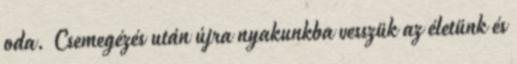
oda. Csemegézés után újra nyakunkba vesszük az életünk és